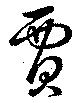
賈